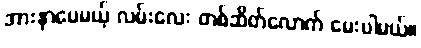
အားနာပေမယ့် လမ်းလေး တစ်ဆိတ်လောက် မေးပါမယ်။